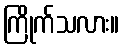
ကြိုက်သလား။